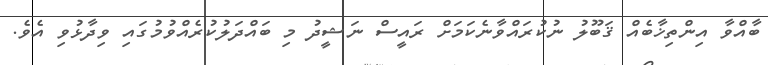
ބާއްވާ އިންތިޚާބެއް ޤަބޫލު ނުކުރައްވާނެކަމަށް ރައީސް ނަޝީދު މި ބައްދަލުކުރެއްވުމުގައި ވިދާޅުވި އެވެ.